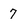
Character: 7